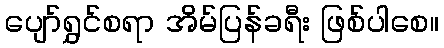
ပျော်ရွှင်စရာ အိမ်ပြန်ခရီး ဖြစ်ပါစေ။